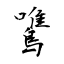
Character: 鷕